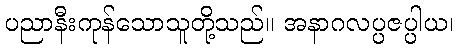
ပညာနီးကုန်သောသူတို့သည်။ အနာဂလပ္ပဇပ္ပါယ၊